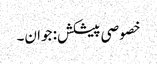
خصوصی پیشکش: جوان۔